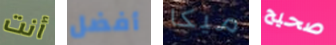
أنت أفضل ميكا صحيح